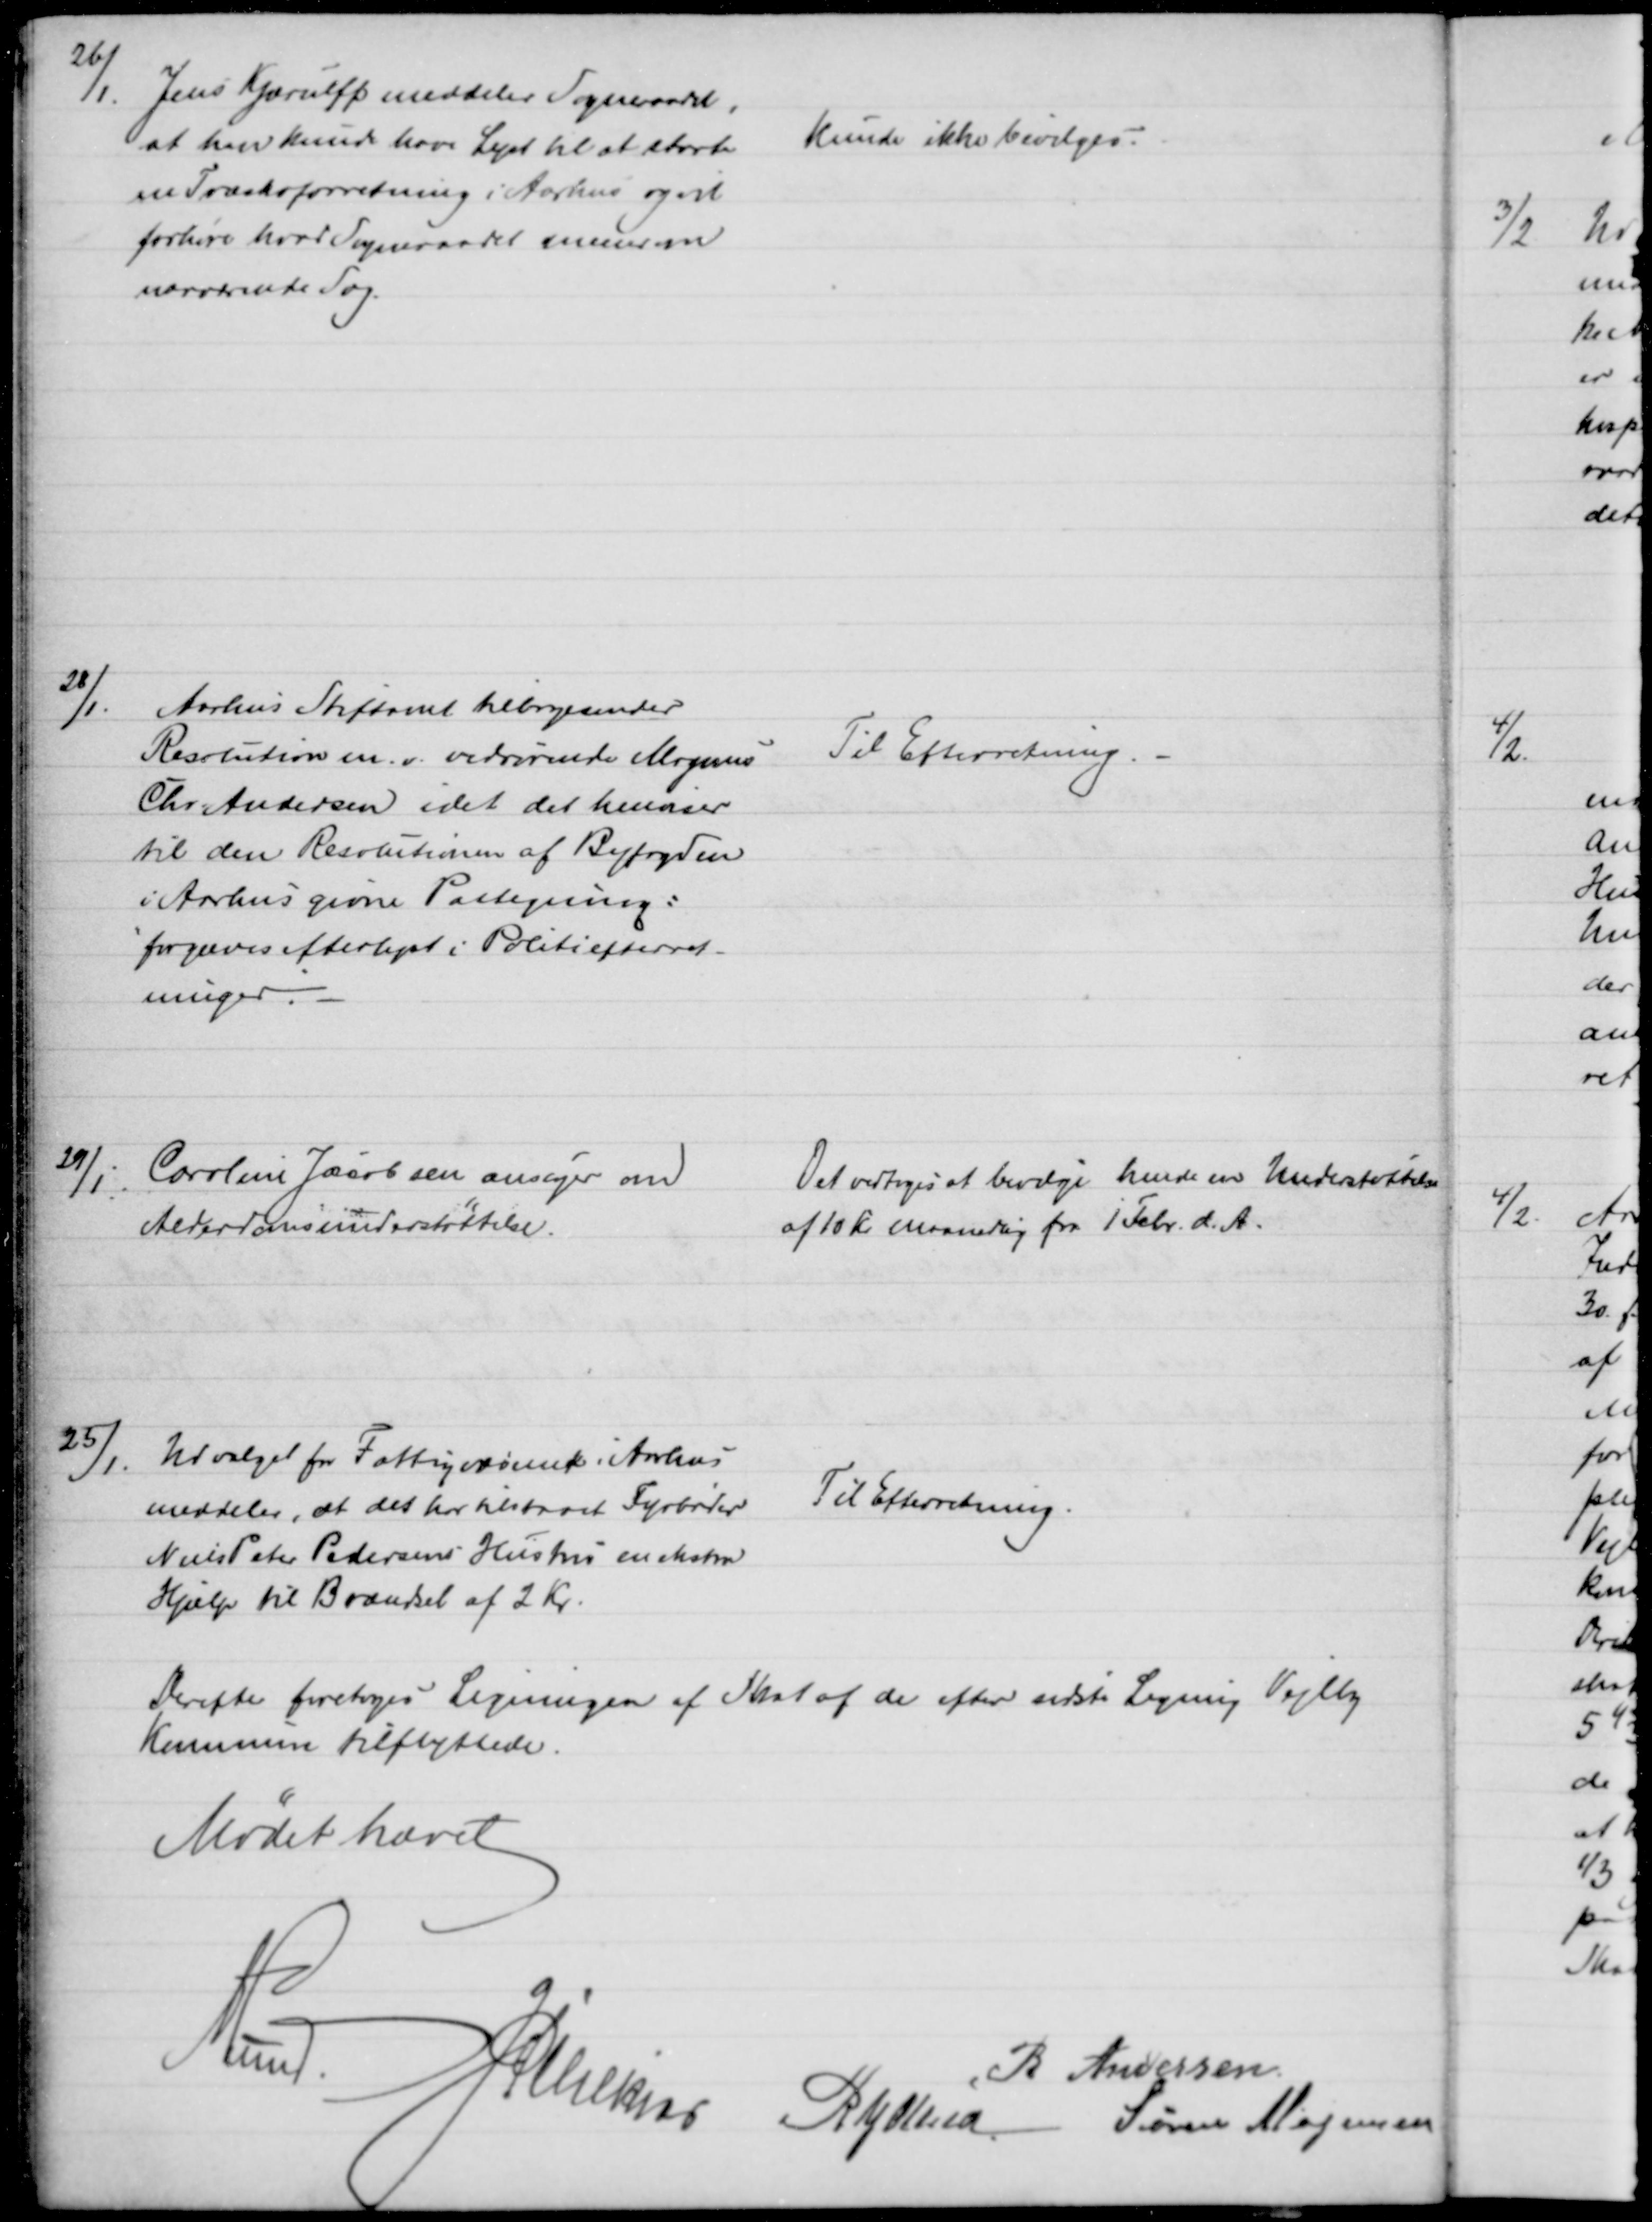
Transskription:
26/1.
Jens Kjærulff meddeler Sogneraadet,
at han kunde have Lyst til at starte
en Træskoforretning i Aarhus og vil
forhøre hvad Sogneraadet mener om
nærværende Sag.
Kunde ikke bevilges.
28/1
Aarhus Stiftamt tilbagesender
Resolution m. v. vedrørende Mogens
Chr. Andersen idet det henviser
til den Resolutionen af Byfogden
i Aarhus givne Paategning:
forgæves efterlyst i Politiefterret-
ninger.
Til Efterretning. 
29/1.
Caroline Jacobsen ansøger om
Alderdomsunderstøttelse.
Det vedtoges at bevilge hende en Understøttelse
af 10 Kr Maanedlig fra 1 Febr. d. A.
25/1.
Udvalget for Fattigvæsenet i Aarhus
meddeler, at det har tilstaaet Fyrbøder
Niels Peter Pedersens Hustru en ekstra
Hjælp til Brændsel af 2 Kr.
Til Efterretning.
Derefter foretoges Ligningen af Skat af de efter sidste Ligning Vejlby
Kommune tilflyttede.
Mødet hævet
A Lund
J Pihlkjær
R  Andersen
Rasmus J Abild
Søren Mogensen